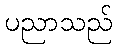
ပညာသည်